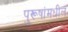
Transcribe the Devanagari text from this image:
पुरूषांमधील